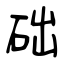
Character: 础